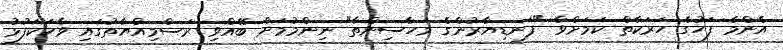
އެންމެ ފަހުގެ ހަރަކާތް ކަމަށްވާ "ފަނޑިޔާރުންގެ މަހާސިންތާ" ނިންމުމަށް ބޭއްވި ރަސްމިއްޔާތުގައި ވާހަކަފުޅު